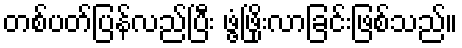
တစ်ပတ်ပြန်လည်ပြီး ဖွံ့ဖြိုးလာခြင်းဖြစ်သည်။